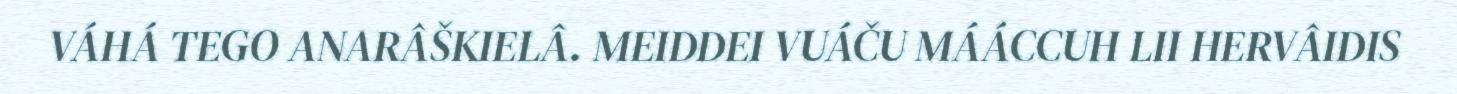
VÁHÁ TEGO ANARÂŠKIELÂ. MEIDDEI VUÁČU MÁÁCCUH LII HERVÂIDIS